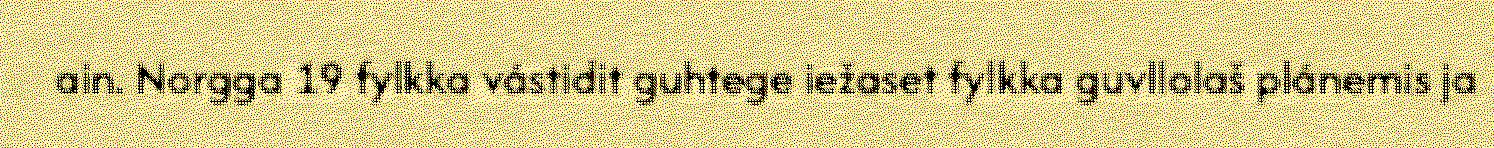
ain. Norgga 19 fylkka vástidit guhtege iežaset fylkka guvllolaš plánemis ja